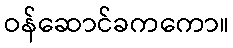
ဝန်ဆောင်ခကကော။